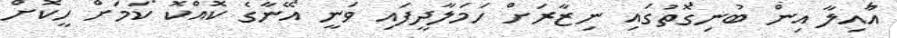
އާއިލާ އިން ބުނިގޮތުގައި ނިޒާރަށް ހަމަލާދީފައި ވަނީ އޭނާގެ ކޮއްކޮ ކަމަށް ހީކޮށް